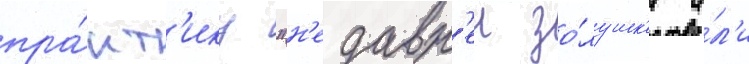
пра́кт'ику "н'едавн'еи зо́лушк'и и́л'и